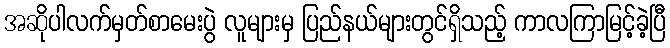
အဆိုပါလက်မှတ်စာမေးပွဲ လူများမှ ပြည်နယ်များတွင်ရှိသည့် ကာလကြာမြင့်ခဲ့ပြီ